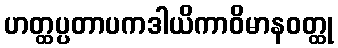
ဟတ္ထပ္ပတာပကဒါယိကာဝိမာနဝတ္ထု